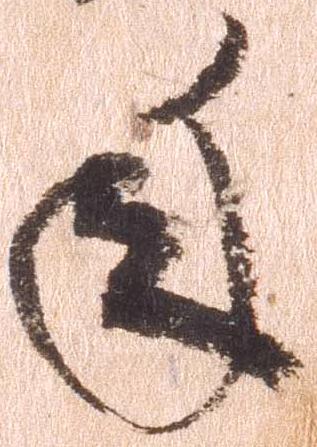
年